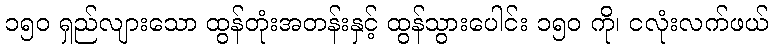
၁၅၀ ရှည်လျားသော ထွန်တုံးအတန်းနှင့် ထွန်သွားပေါင်း ၁၅၀ ကို၊ ငလုံးလက်ဖယ်